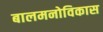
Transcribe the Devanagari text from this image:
बालमनोविकास